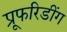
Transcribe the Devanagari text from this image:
प्रूफरिडींग